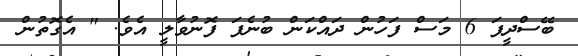
ބޭސްދީފަ 6 މަސް ފަހުން ދައްކަން ބުނެފަ ފޮނުވާލީ އެވެ. " އެގޮތުން